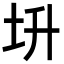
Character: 𡉧